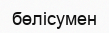
бөлісумен